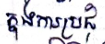
ក្នុងការប្រជុំ